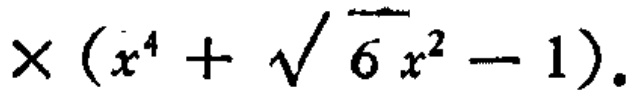
$\times(x^{4}+\sqrt{6}x^{2}-1).$